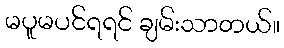
မပူမပင်ရရင် ချမ်းသာတယ်။